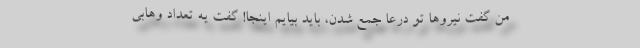
من گفت نیروها تو درعا جمع شدن، باید بیایم اینجا! گفت یه تعداد وهابی